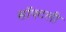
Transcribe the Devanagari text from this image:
सॉफ्टली